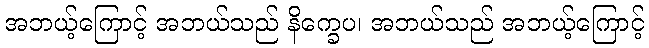
အဘယ့်ကြောင့် အဘယ်သည် နိက္ခေပ၊ အဘယ်သည် အဘယ့်ကြောင့်